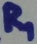
Text: R1